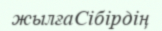
жылғаСібірдің